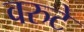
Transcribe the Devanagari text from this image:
वरुटे